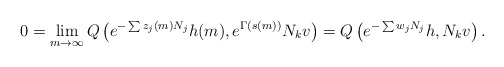
\begin{align*}0 = \lim_{m \to \infty} Q \left( e^{-\sum z_j(m) N_j} h(m), e^{\Gamma(s(m))} N_k v \right) = Q \left( e^{-\sum w_j N_j} h, N_k v \right).\end{align*}